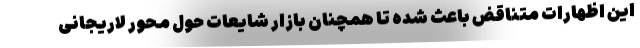
این اظهارات متناقض باعث شده تا همچنان بازار شایعات حول محور لاریجانی